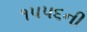
૧૫૫૬ની